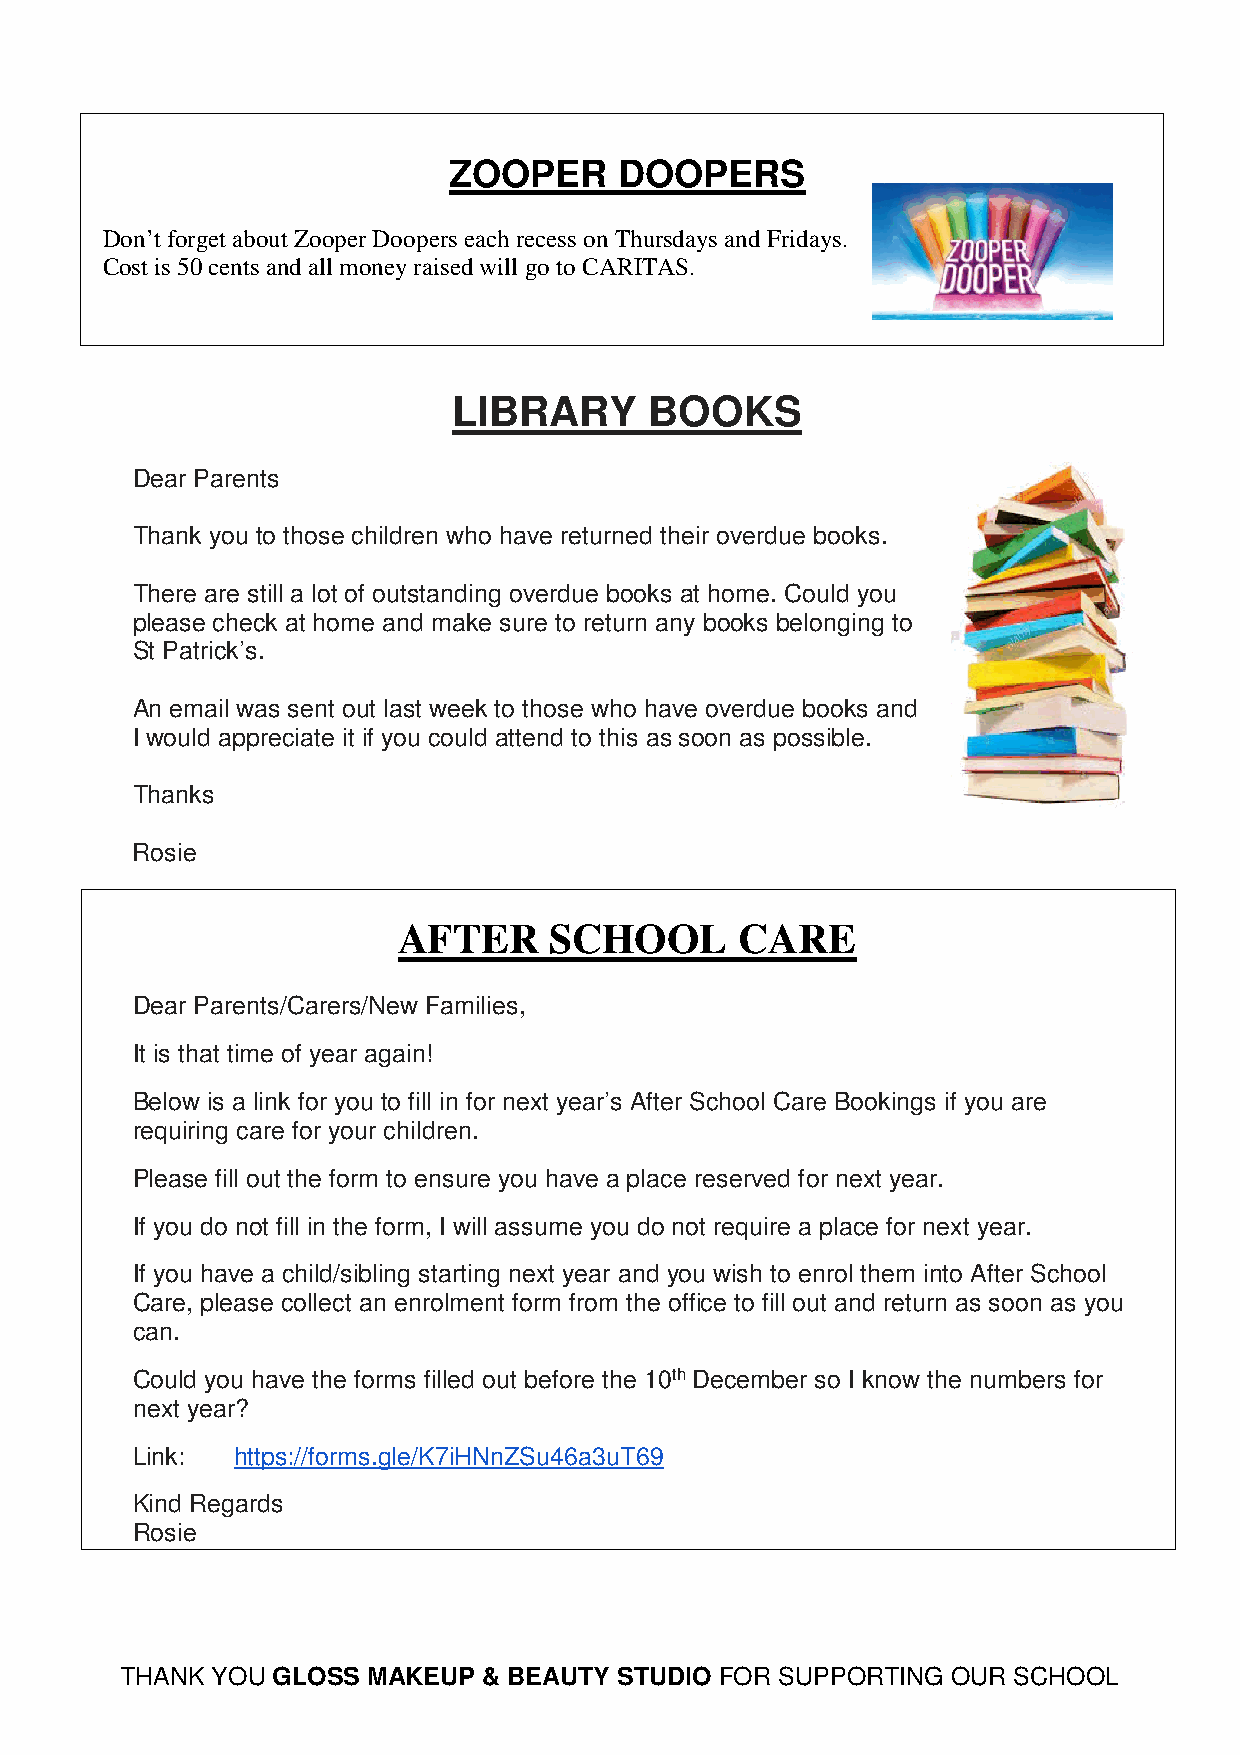
ZOOPER     DOOPERS
 Don’t forget about Zooper Doopers each recess on Thursdays and Fridays.
 Cost is 50 cents and all money raised will go to CARITAS.
 LIBRARY      BOOKS
 Dear Parents
 Thank you to those children who have returned their overdue books.
 There are still a lot of outstanding overdue books at home. Could you
 please check at home and make sure to return any books belonging to
 St Patrick’s.
 An email was sent out last week to those who have overdue books and
 I would appreciate it if you could attend to this as soon as possible.
 Thanks
 Rosie
 AFTER     SCHOOL       CARE
 Dear Parents/Carers/New Families,
 It is that time of year again!
 Below is a link for you to fill in for next year’s After School Care Bookings if you are
 requiring care for your children.
 Please fill out the form to ensure you have a place reserved for next year.
 If you do not fill in the form, I will assume you do not require a place for next year.
 If you have a child/sibling starting next year and you wish to enrol them into After School
 Care, please collect an enrolment form from the office to fill out and return as soon as you
 can.
 Could you have the forms filled out before the 10th December so I know the numbers for
 next year?
 Link: https://forms.gle/K7iHNnZSu46a3uT69
 Kind Regards
 Rosie
 THANK YOU GLOSS MAKEUP  & BEAUTY STUDIO FOR SUPPORTING OUR SCHOOL